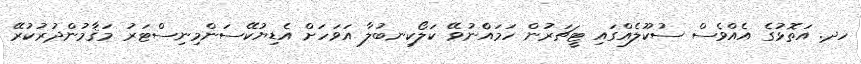
ހދ. އަތޮޅުގެ އެއްވެސް ސުކޫލެއްގައި ޓީޗަރުން ހަމައެްނުވޭ ކަލޯކިނބުލާ އަވަހަށް އެޑިޔުކޭސަންމިނިސްޓަރު މަޤާމުންދުރުކުރޭ